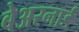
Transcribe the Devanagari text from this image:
बेअरनार्ड